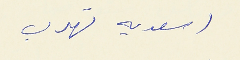
(سعديه تهرب